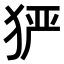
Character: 𤞤